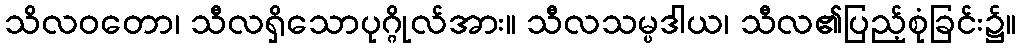
သိလဝတော၊ သီလရှိသောပုဂ္ဂိုလ်အား။ သီလသမ္ပဒါယ၊ သီလ၏ပြည့်စုံခြင်း၌။